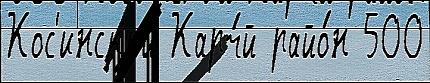
Кос'инск'ий Карч́й райо́н 500